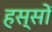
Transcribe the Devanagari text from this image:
हस्सों